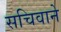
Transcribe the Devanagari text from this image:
सचिवाने